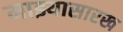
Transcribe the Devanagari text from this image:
माझ्यासारख